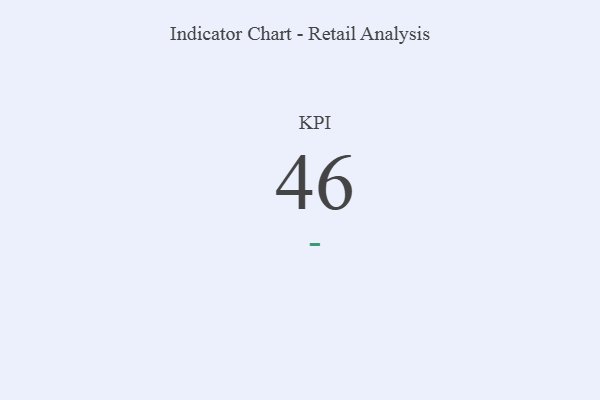
{"axis": {"x": "KPI", "y": "Value"}, "legend": [""], "data": [{"x": "KPI", "y": 46, "type": ""}]}